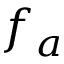
f _ { a }